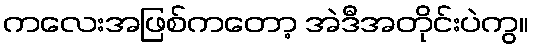
ကလေးအဖြစ်ကတော့ အဲဒီအတိုင်းပဲကွ။